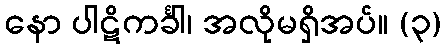
နော ပါဋိကင်္ခါ၊ အလိုမရှိအပ်။ (၃)